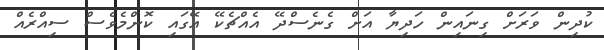
ކުދިން ވަރަށް ގިނައިން ހަދިޔާ އަށް ގެނެސްދޭ އެއްޗެކޭ އޭގައި ކޮންމެވެސް ސިއްރެއް